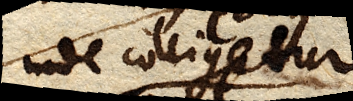
inde colligetur